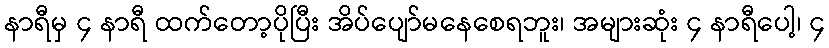
နာရီမှ ၄ နာရီ ထက်တော့ပိုပြီး အိပ်ပျော်မနေစေရဘူး၊ အများဆုံး ၄ နာရီပေါ့၊ ၄